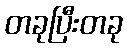
တခုပြီးတခု